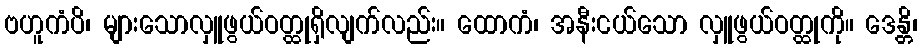
ဗဟူကံပိ၊ များသောလှူဖွယ်ဝတ္ထုရှိလျက်လည်း။ ထောကံ၊ အနီးငယ်သော လှူဖွယ်ဝတ္ထုကို။ ဒေန္တိ၊